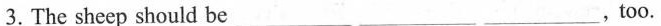
3. The sheep should be ___ ___ ___, too.